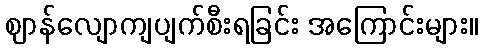
ဈာန်လျောကျပျက်စီးရခြင်း အကြောင်းများ။